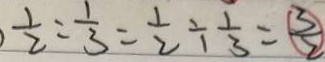
\frac { 1 } { 2 } : \frac { 1 } { 3 } = \frac { 1 } { 2 } \div \frac { 1 } { 3 } = \frac { 3 } { 2 }